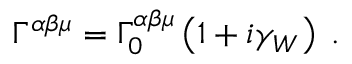
\Gamma ^ { \alpha \beta \mu } = \Gamma _ { 0 } ^ { \alpha \beta \mu } \left( 1 + i \gamma _ { W } \right) \; .